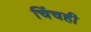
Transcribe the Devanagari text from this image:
चिंचही